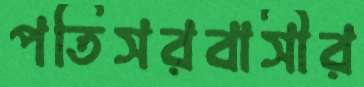
পতিসরবাসীর